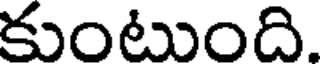
కుంటుంది.